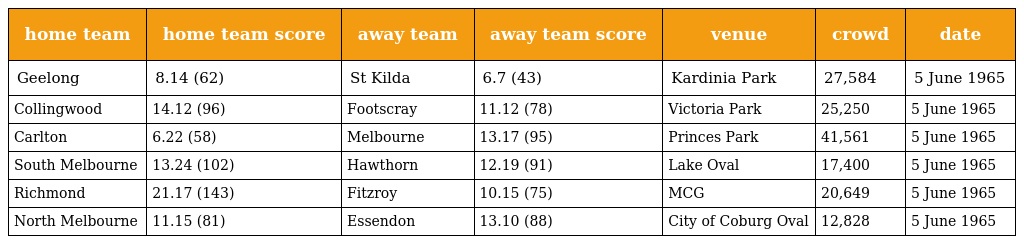
| home team | home team score | away team | away team score | venue | crowd | date |
 | --- | --- | --- | --- | --- | --- | --- |
 | Geelong | 8.14 (62) | St Kilda | 6.7 (43) | Kardinia Park | 27,584 | 5 June 1965 |
 | Collingwood | 14.12 (96) | Footscray | 11.12 (78) | Victoria Park | 25,250 | 5 June 1965 |
 | Carlton | 6.22 (58) | Melbourne | 13.17 (95) | Princes Park | 41,561 | 5 June 1965 |
 | South Melbourne | 13.24 (102) | Hawthorn | 12.19 (91) | Lake Oval | 17,400 | 5 June 1965 |
 | Richmond | 21.17 (143) | Fitzroy | 10.15 (75) | MCG | 20,649 | 5 June 1965 |
 | North Melbourne | 11.15 (81) | Essendon | 13.10 (88) | City of Coburg Oval | 12,828 | 5 June 1965 |